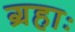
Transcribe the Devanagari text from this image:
ग्रहाः